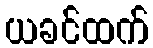
ယခင်ထက်